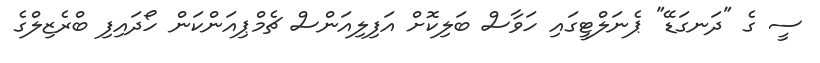
ސީ ގެ "ދަނގަޑޭ" ޕެނަލްޓީގައި ހަވާސް ބަލިކޮށް އަފިލިއަންސް ޗެމްޕިއަންކަން ހޯދައިފި ބްރެޒިލްގެ